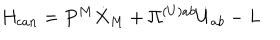
H _ { c a n } = P ^ { M } \dot { X } _ { M } + \Pi ^ { ( U ) a b } \dot { U } _ { a b } - L